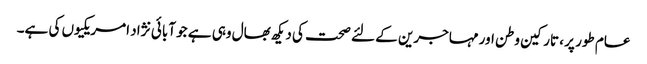
عام طور پر ، تارکین وطن اور مہاجرین کے لئے صحت کی دیکھ بھال وہی ہے جو آبائی نژاد امریکیوں کی ہے۔